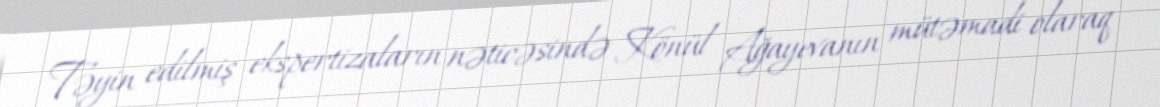
Təyin edilmiş ekspertizaların nəticəsində Könül Ağayevanın mütəmadi olaraq